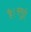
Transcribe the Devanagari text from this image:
है।समुद्री